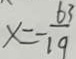
x = - \frac { 6 3 } { 1 9 }